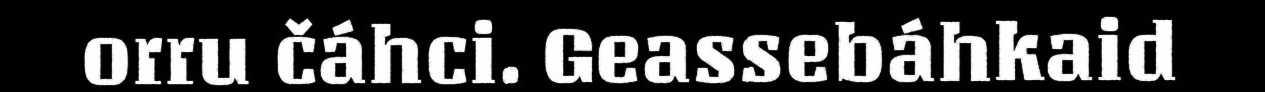
orru čáhci. Geassebáhkaid